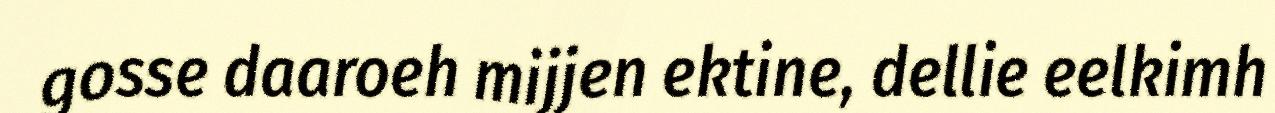
gosse daaroeh mijjen ektine, dellie eelkimh